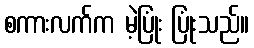
စကားလက်က မဲ့ပြုံး ပြုံးသည်။